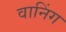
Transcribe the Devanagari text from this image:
वानिंग